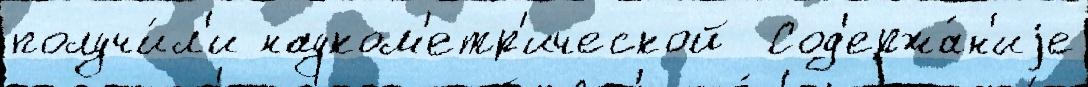
получи́л'и науком'етр'ической  Сод'ержа́н'иjе